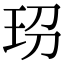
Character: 𤤊